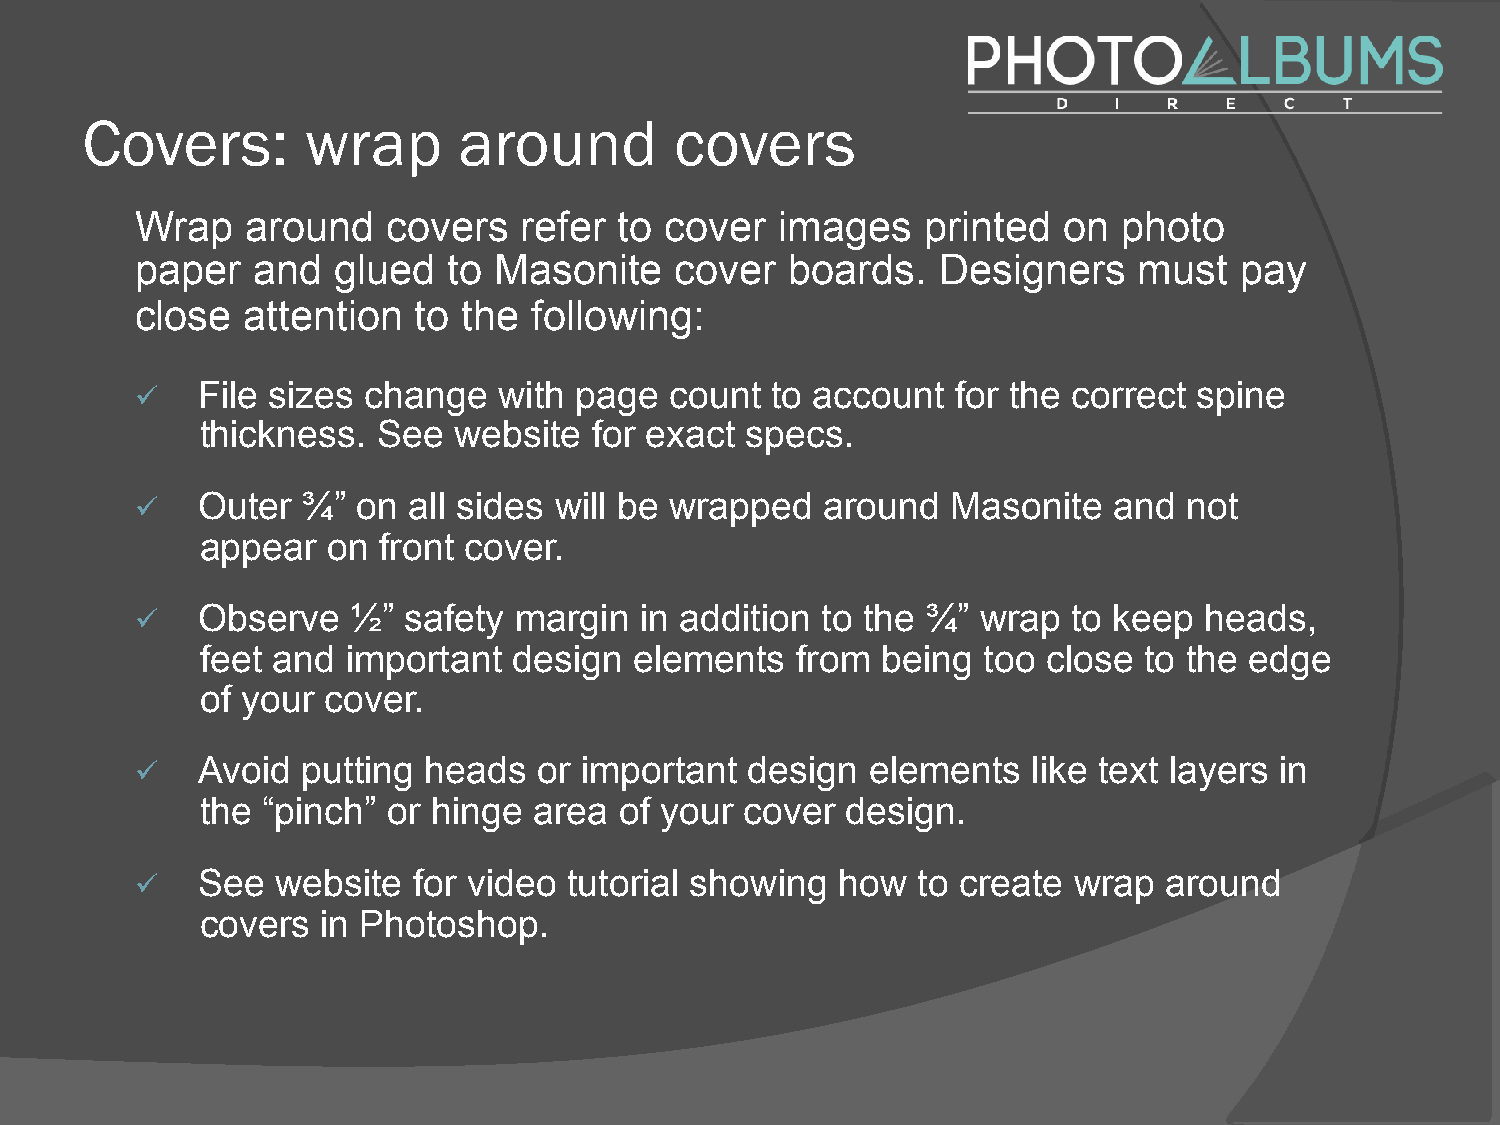
Covers:        wrap      around         covers
 Wrap   around    covers  refer  to cover   images   printed  on  photo
 paper   and  glued   to Masonite    cover  boards.   Designers    must   pay
 close  attention   to the following:
 ü   File sizes change   with page  count  to account  for the correct spine
 thickness.  See  website  for exact specs.
 ü   Outer  ¾”  on all sides will be wrapped   around  Masonite   and  not
 appear   on front cover.
 ü   Observe   ½”  safety margin  in addition to the ¾”  wrap  to keep  heads,
 feet and  important  design  elements   from being  too close  to the edge
 of your cover.
 ü   Avoid  putting heads   or important  design  elements  like text layers in
 the “pinch”  or hinge area  of your cover  design.
 ü   See  website  for video  tutorial showing how   to create wrap  around
 covers  in Photoshop.